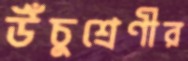
উঁচুশ্রেণীর